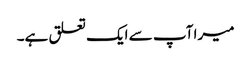
میرا آپ سے ایک تعلق ہے۔